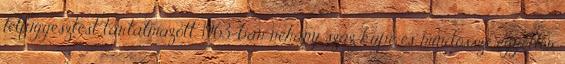
felfüggesztést tartalmazott. 1963-ban néhány száz kupé és mindössze egyetlen